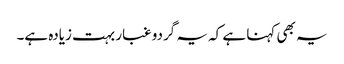
یہ بھی کہنا ہے کہ یہ گردو غبار بہت زیادہ ہے۔